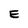
Character: E